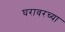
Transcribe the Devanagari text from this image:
घरावरच्या